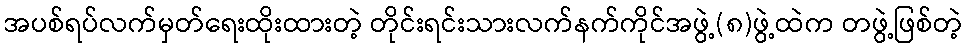
အပစ်ရပ်လက်မှတ်ရေးထိုးထားတဲ့ တိုင်းရင်းသားလက်နက်ကိုင်အဖွဲ့(၈)ဖွဲ့ထဲက တဖွဲ့ဖြစ်တဲ့